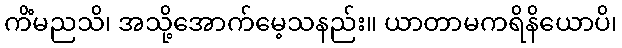
ကိံမညသိ၊ အသို့အောက်မေ့သနည်း။ ယာတာမကရိနိယောပိ၊